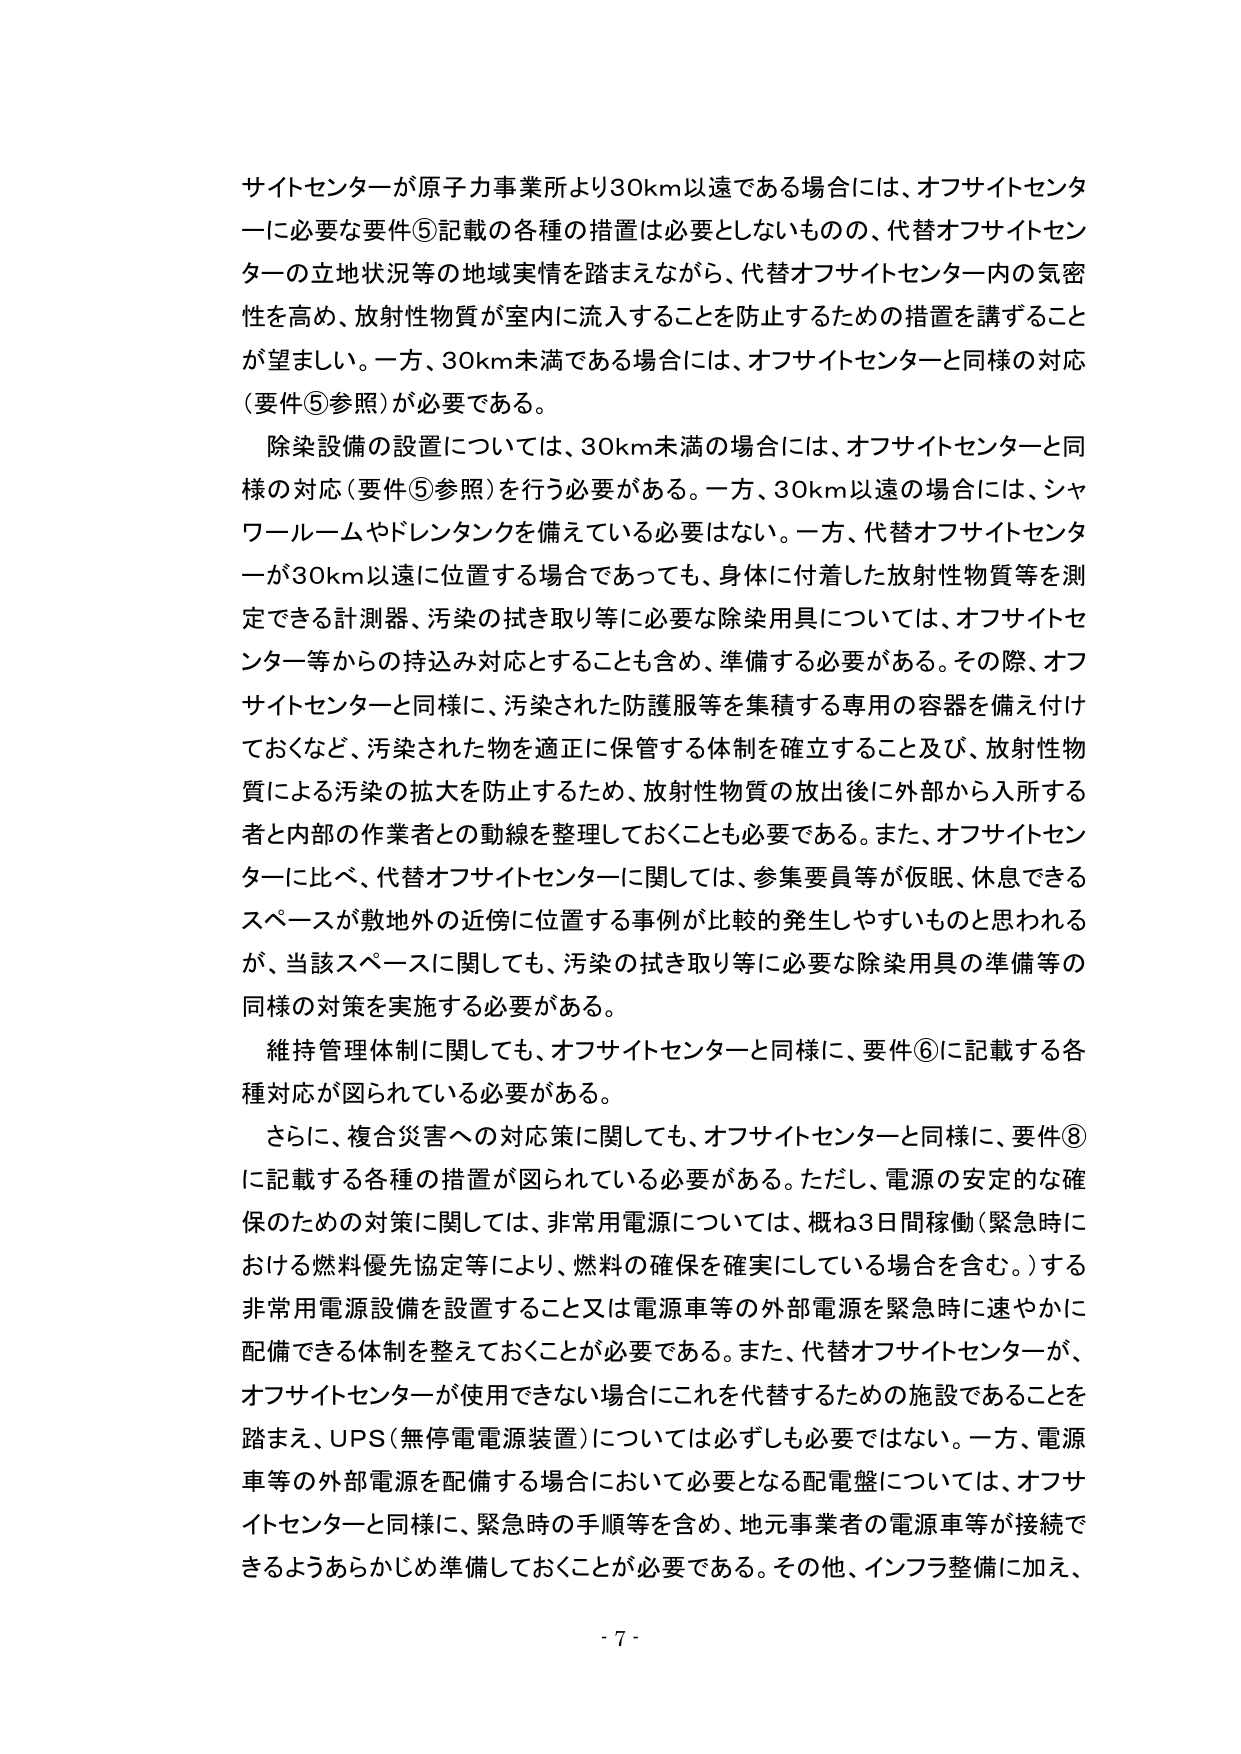
サイトセンターが原子力事業所より30km以遠である場合には、オフサイトセンターに必要な要件⑤記載の各種の措置は必要としないものの、代替オフサイトセンターの立地状況等の地域実情を踏まえながら、代替オフサイトセンター内の気密性を高め、放射性物質が室内に流入することを防止するための措置を講ずることが望ましい。一方、30km未満である場合には、オフサイトセンターと同様の対応（要件⑤参照）が必要である。

除染設備の設置については、30km未満の場合には、オフサイトセンターと同様の対応（要件⑤参照）を行う必要がある。一方、30km以遠の場合には、シャワールームやドレンタンクを備えている必要はない。一方、代替オフサイトセンターが30km以遠に位置する場合であっても、身体に付着した放射性物質等を測定できる計測器、汚染の拭き取り等に必要な除染用具については、オフサイトセンター等からの持込み対応することも含め、準備する必要がある。その際、オフサイトセンターと同様に、汚染された防護服等を集積する専用の容器を備え付けておくなど、汚染された物を適正に保管する体制を確立すること及び、放射性物質による汚染の拡大を防止するため、放射性物質の放出後に外部から入所する者と内部の作業者との動線を整理しておくことも必要である。また、オフサイトセンターに比べ、代替オフサイトセンターに関しては、参集要員等が仮眠、休息できるスペースが敷地外の近傍に位置する事例が比較的発生しやすいものと思われるが、当該スペースに関しても、汚染の拭き取り等に必要な除染用具の準備等の同様の対策を実施する必要がある。

維持管理体制に関しても、オフサイトセンターと同様に、要件⑥に記載する各種対応が図られている必要がある。

さらに、複合災害への対応策に関しても、オフサイトセンターと同様に、要件⑧に記載する各種の措置が図られている必要がある。ただし、電源の安定的な確保のための対策に関しては、非常用電源については、概ね3日間稼働（緊急時における燃料優先協定等により、燃料の確保を確実にしている場合を含む。）する非常用電源設備を設置すること又は電源車等の外部電源を緊急時に速やかに配備できる体制を整えておくことが必要である。また、代替オフサイトセンターが、オフサイトセンターが使用できない場合にこれを代替するための施設であることを踏まえ、UPS（無停電電源装置）については必ずしも必要ではない。一方、電源車等の外部電源を配備する場合において必要となる配電盤については、オフサイトセンターと同様に、緊急時の手順等を含め、地元事業者の電源車等が接続できるようあらかじめ準備しておくことが必要である。その他、インフラ整備に加え、

- 7 -